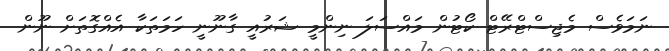
ނަމަވެސް މެޖިސްޓްރޭޓް ކޯޓުން މައްސަލަ ނިންމީ ޝަރުއީ ގާނޫނީ ހަމަތަކާ އެއްގޮތަށް ނޫން